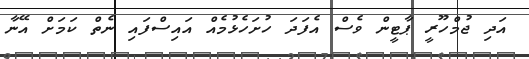
އަދި ޖުމްހޫރީ ޕާޓީން ވެސް އެފަދަ ހުށަހެޅުމެއް އައިސްފައި ނެތް ކަމަށް އޭނާ